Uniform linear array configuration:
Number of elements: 12
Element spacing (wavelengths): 0.75
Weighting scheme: binomial
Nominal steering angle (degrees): -15
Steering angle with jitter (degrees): -14.483
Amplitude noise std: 0.05
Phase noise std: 0.05

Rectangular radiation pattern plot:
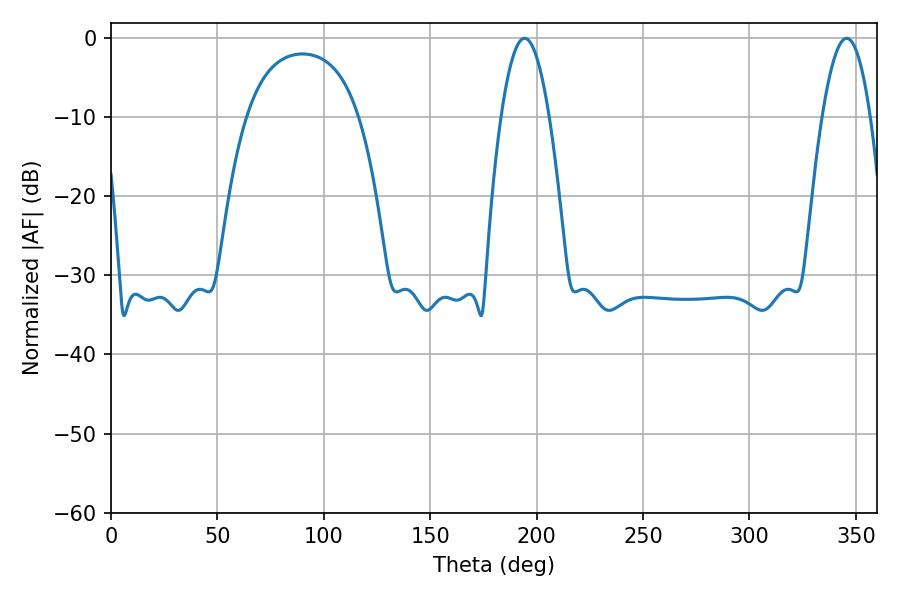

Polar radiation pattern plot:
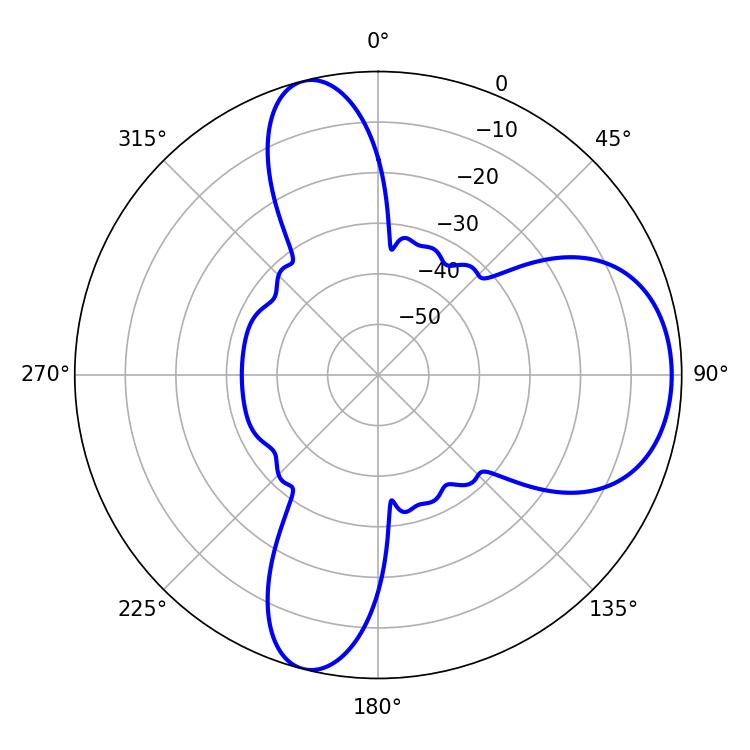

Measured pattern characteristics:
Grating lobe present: TRUE
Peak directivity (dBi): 8.6
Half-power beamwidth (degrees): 12.24
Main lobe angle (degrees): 345.6